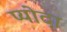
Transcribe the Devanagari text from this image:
प्योदा